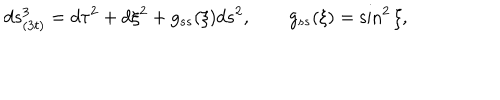
d s _ { ( 3 t ) } ^ { 3 } = d \tau ^ { 2 } + d \xi ^ { 2 } + g _ { s s } ( \xi ) d s ^ { 2 } , \qquad g _ { s s } ( \xi ) = \sin ^ { 2 } \xi ,